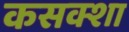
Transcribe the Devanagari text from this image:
कसक्शा